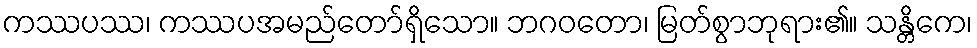
ကဿပဿ၊ ကဿပအမည်တော်ရှိသော။ ဘဂဝတော၊ မြတ်စွာဘုရား၏။ သန္တိကေ၊